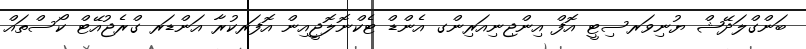
ބަންގްލަދޭޝް ޔުނިވަރސިޓީ އޮފް އިންޖިނިއަރިންގ އެންޑް ޓެކްނޮލޮޖީއިން އޮފަރކުރާ އަންޑަރ ގްރެޖުއޭޓް ކޯސްތައް